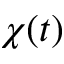
\chi ( t )